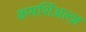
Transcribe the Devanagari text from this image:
कमर्शिअल्ज़